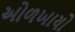
ઓળખાયો